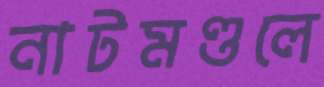
নাটমণ্ডলে